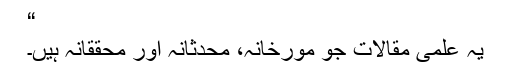
“
یہ علمی مقالات جو مورخانہ، محدثانہ اور محققانہ ہیں۔